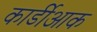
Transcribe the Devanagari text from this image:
कार्डीआक